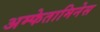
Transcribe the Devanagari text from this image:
अम्फेतामिनेस